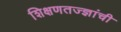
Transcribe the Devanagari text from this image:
शिक्षणतज्ज्ञांची